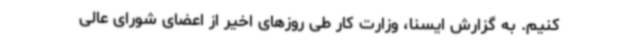
کنیم. به گزارش ایسنا، وزارت کار طی روزهای اخیر از اعضای شورای عالی